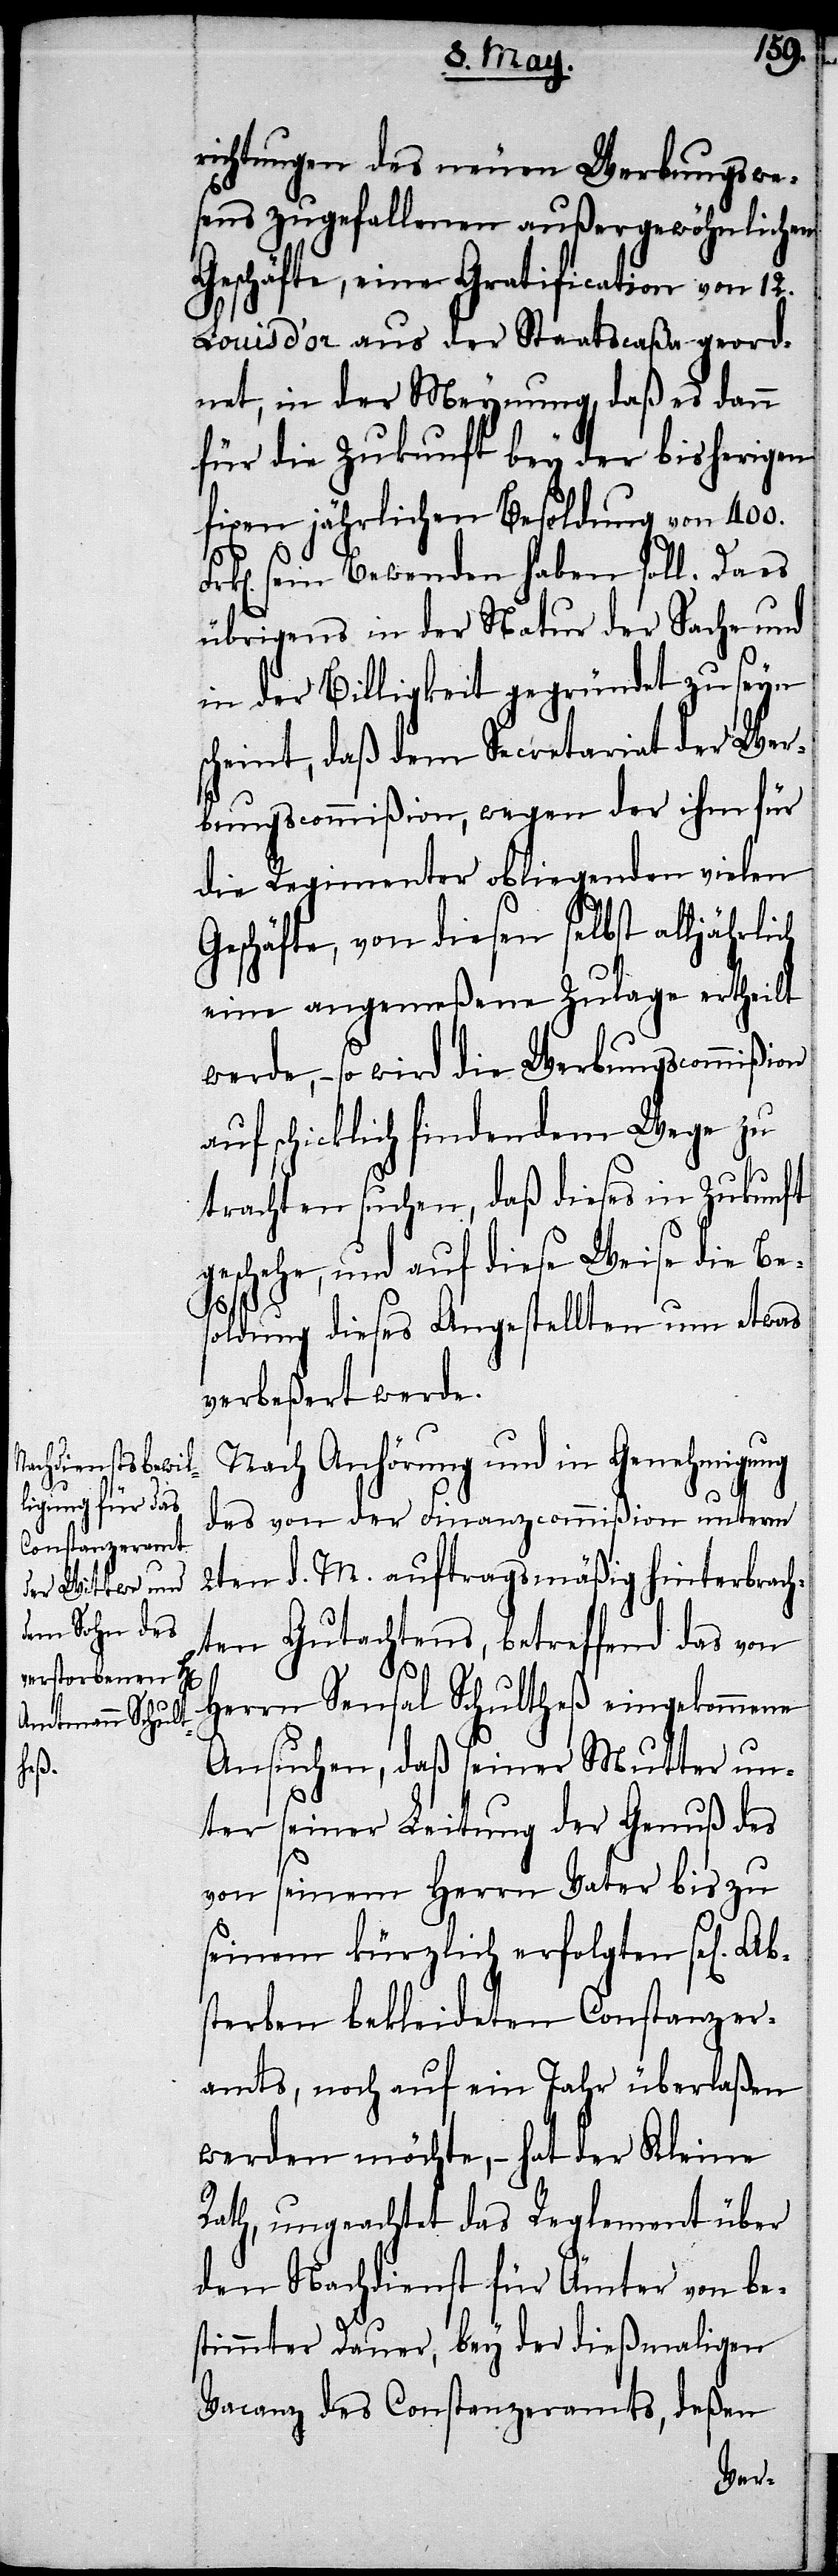
richtungen des neuen Werbungswe¬
sens zugefallenen außergewöhnlichen
Geschäfte, eine Gratification von 12.
Louisd’or aus der Staatscaßa geord¬
net, in der Meynung, daß es dann
für die Zukunft bey der bisherigen
fixen jährlichen Besoldung von 400.
sein Bewenden haben soll. Da es
übrigens in der Natur der Sache und
in der Billigkeit gegründet zu seyn
scheint, daß dem Secretariat der Wer¬
bungscommißion, wegen der ihm für
die Regimenter obliegenden vielen
Geschäfte, von diesen selbst alljährlich
eine angemeßene Zulage ertheilt
werde, – so wird die Werbungscommißion
auf schicklich findendem Wege zu
trachten suchen, daß dieses in Zukunft
geschehe und auf diese Weise die Be¬
soldung dieses Angestellten etwas
verbeßert werde.
Nach Anhörung und in Genehmigung
des von der Finanzcommißion unterm
2ten d. M. auftragsmäßig hinterbrach¬
ten Gutachtens, betreffend das von
Herrn Sensal Schultheß eingekommene
Ansuchen, daß seiner Mutter un¬
Ab¬
ter seiner Leitung der Genuß des
von seinem Herrn Vater bis zu
seinem kürzlich erfolgten sel[igen]
sterben bekleideten Constanzer¬
amtes, noch auf ein Jahr überlaßen
werden möchte, – hat der Kleine
Rath, ungeachtet das Reglement über
den Nachdienst für Ämter von be¬
stimmter Dauer, bey der dießmaligen
Vacanz des Constanzeramts, deßen